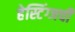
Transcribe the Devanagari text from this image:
हेस्टिंग्जची